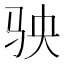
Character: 𩧫